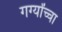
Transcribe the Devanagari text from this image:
गर्ग्यांच्चा